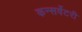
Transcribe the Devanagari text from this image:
कन्सर्वेटरी